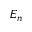
E _ { n }